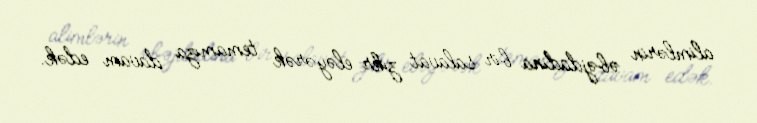
alimlərin əbəjdadına bir salavat zikr eləyərək temamıza davam edək.